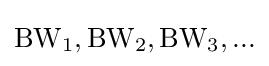
{\rm {BW_{1},BW_{2},BW_{3},...}}